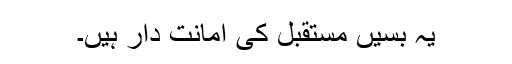
یہ بسیں مستقبل کی امانت دار ہیں۔